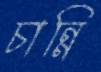
চান্নি